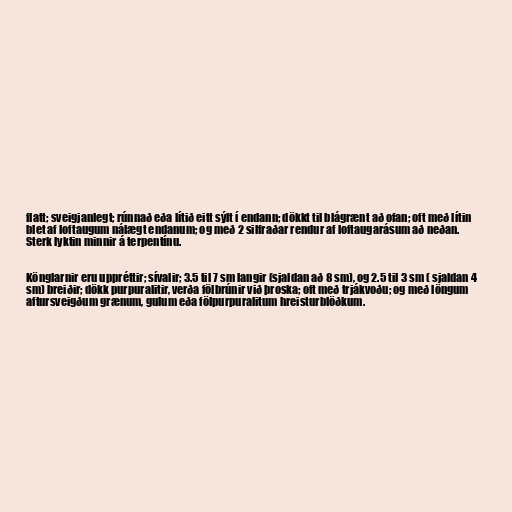
flatt; sveigjanlegt; rúnnað eða lítið eitt sýlt í endann; dökkt til blágrænt að ofan; oft með lítin
blet af loftaugum nálægt endanum; og með 2 silfraðar rendur af loftaugarásum að neðan.
Sterk lyktin minnir á terpentínu.

Könglarnir eru uppréttir; sívalir; 3.5 til 7 sm langir (sjaldan að 8 sm), og 2.5 til 3 sm ( sjaldan 4
sm) breiðir; dökk purpuralitir, verða fölbrúnir við þroska; oft með trjákvoðu; og með löngum
aftursveigðum grænum, gulum eða fölpurpuralitum hreisturblöðkum.